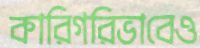
কারিগরিভাবেও